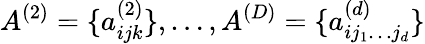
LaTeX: A^{(2)}=\{ a_{ijk}^{(2)}\} ,\ldots,A^{(D)}=\{ a_{ij_{1}\ldots j_{d}}^{(d)}\}